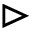
\vartriangleright